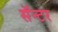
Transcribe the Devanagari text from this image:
सॅन्टर